Magi,_Artur, lk 94
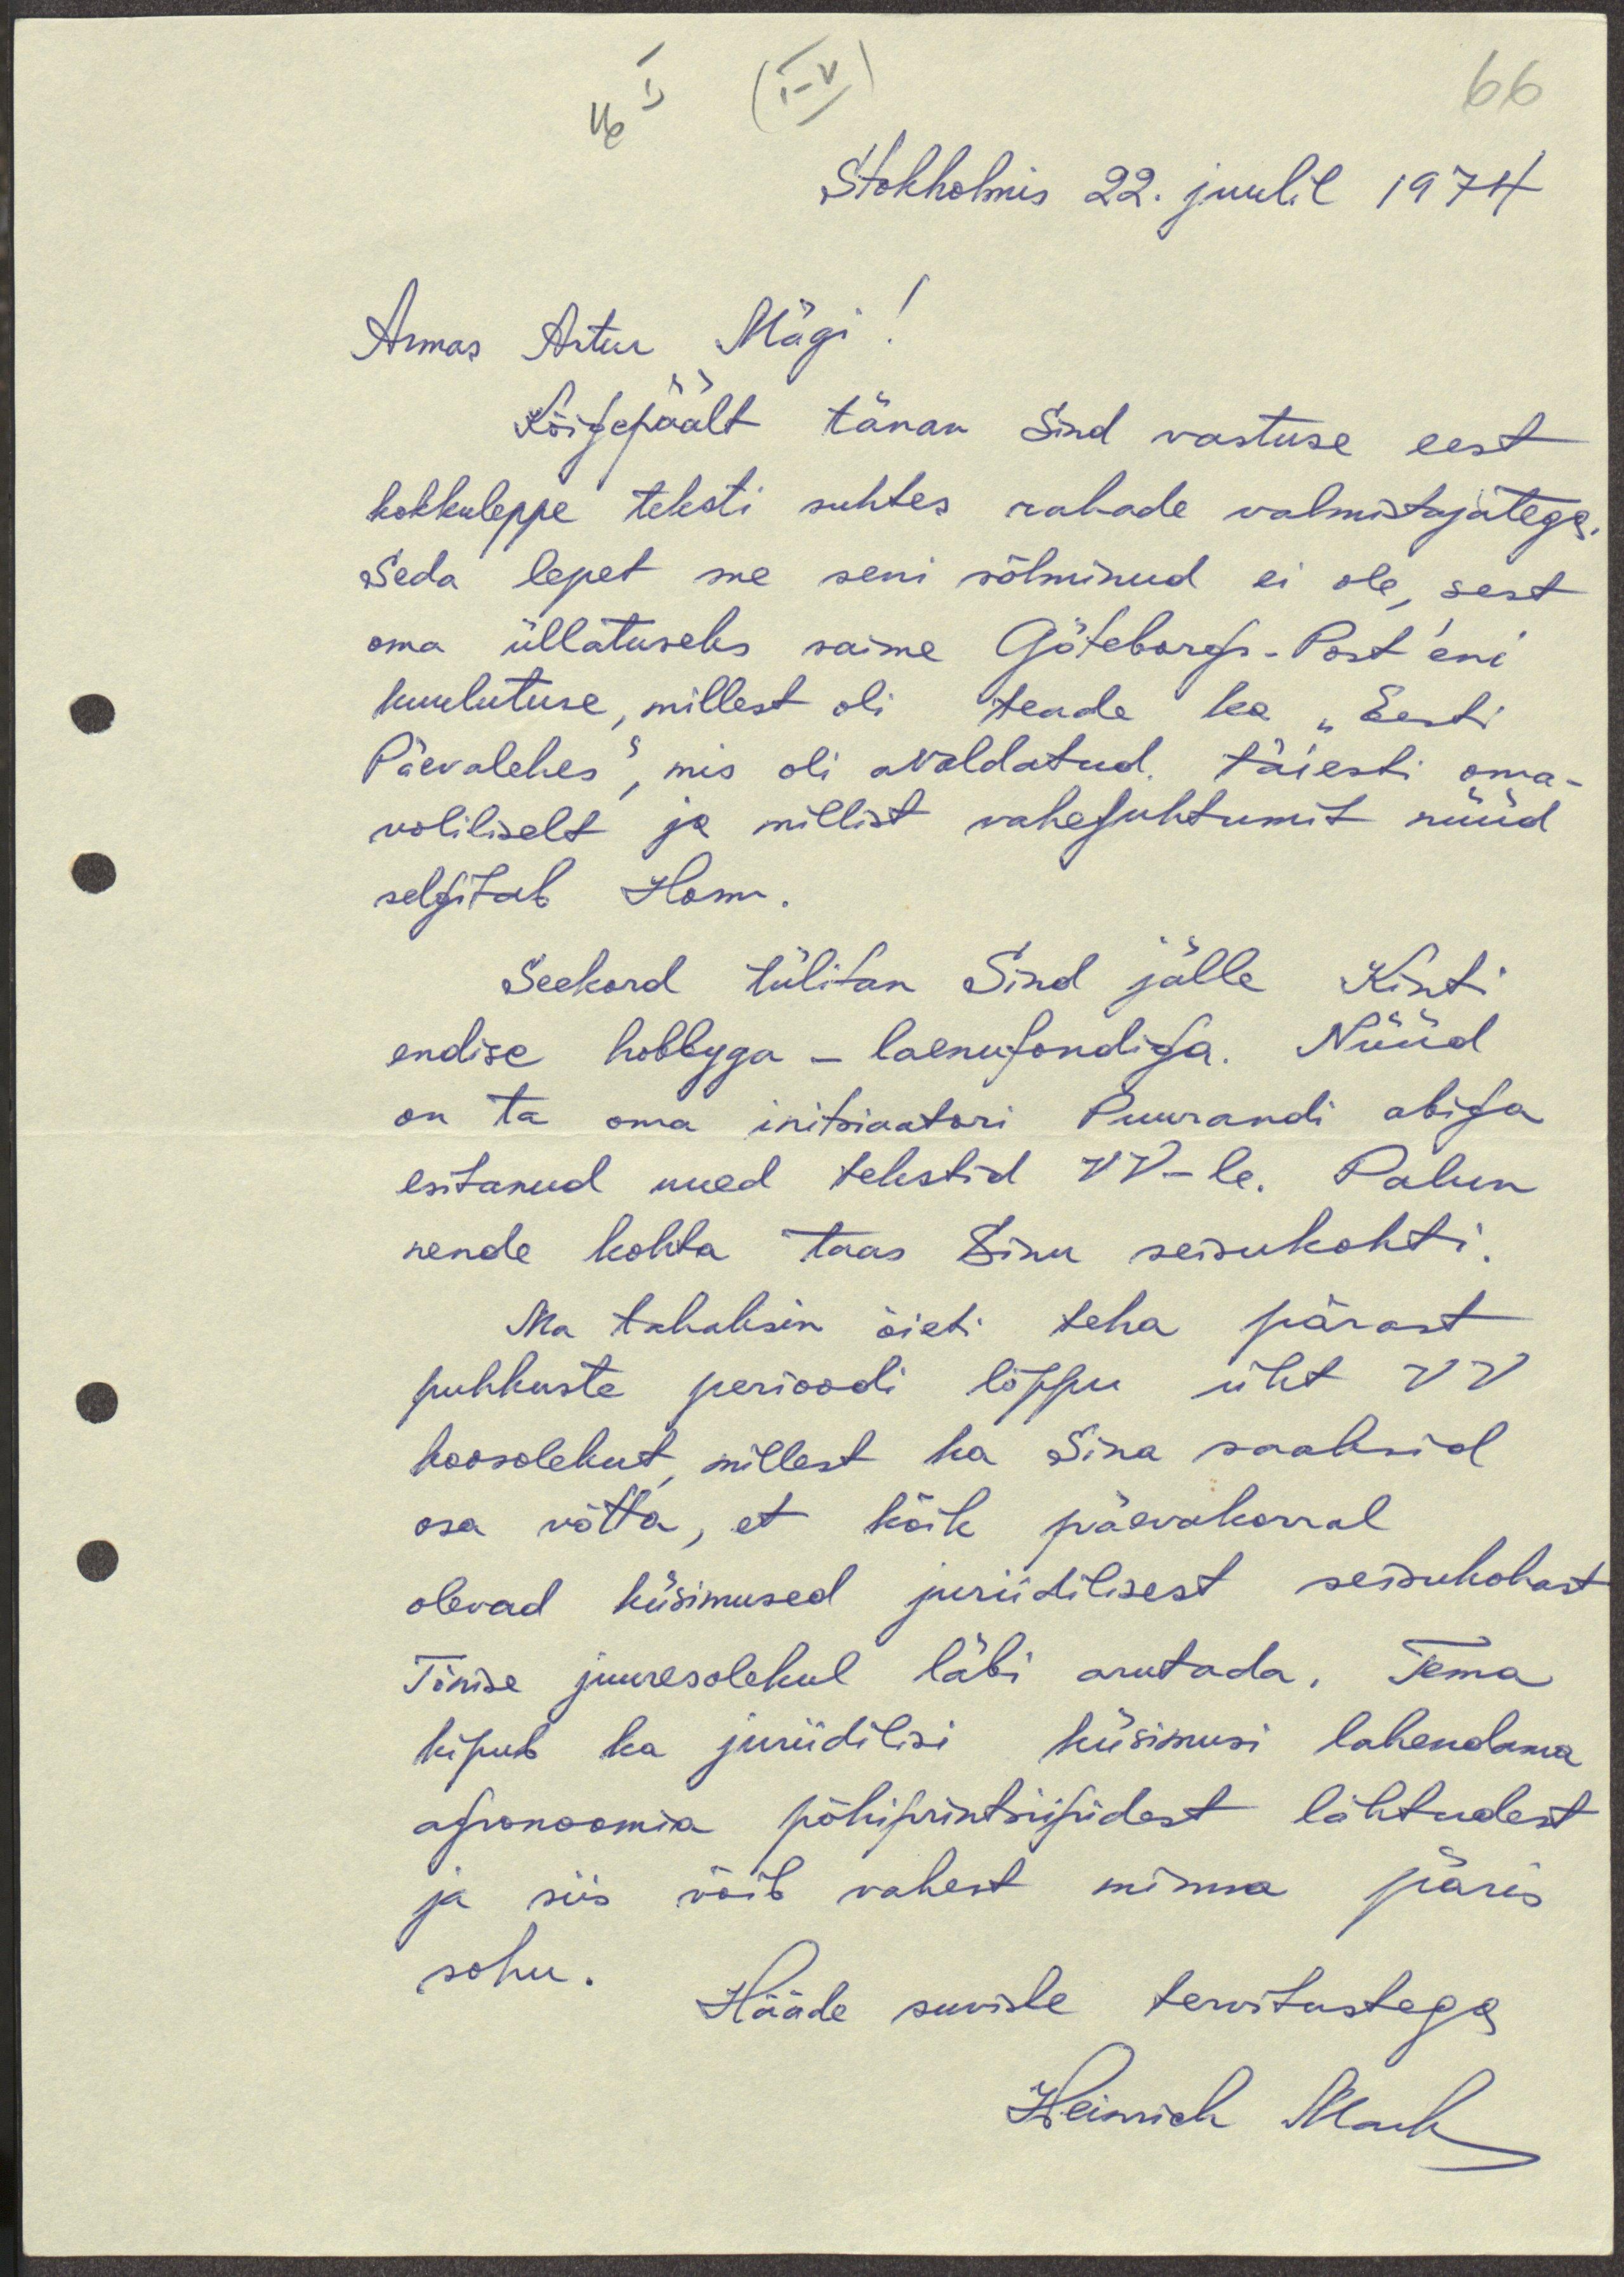
66

I
(I-V)
16
Stokholmis 22. juulil 1974
Armas Artur Mägi!
Kõigepäält tänan Sind vastuse eest
kokkuleppe teksti suhtes rahade valmistajatega.
Seda lepet me seni sõlminud ei ole, sest
oma üllatuseles saime Götebergi-Post'eni
kuulutuse, millest oli teade ka "Eesti
Päevalehes", mis oli avaldatud täiesti oma-
voliliselt ja millist vahejuhtumit nüüd
selgitab Hom.
Seekord tülitan Sind jälle Kinti
endise hobbyga - laenufondiga. Nüüd
on ta oma initsiaatori Puurandi abiga
esitanud uued tekstid VV-le. Palun
nende kohta taas Sinu seisukohti.
Ma tahaksin õieti teha pärast
puhkuste perioodi lõppu üht VV
koosolekut, millest ka Sina saaksid
osa võtta, et kõik päevakorral
olevad küsimused juriidilisest seisukohast
Tõnise juuresolekul läbi arutada. Tema
kipub ka juriidilisi küsimusi lahendama
agronoomia põhiprintsiipidest lähtudest
ja siis võib vahest minna päris
sohu.
Hääde suviste tervitustega
Heinrich Mark